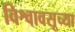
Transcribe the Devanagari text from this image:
विश्वावसूच्या